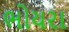
ભોયરા